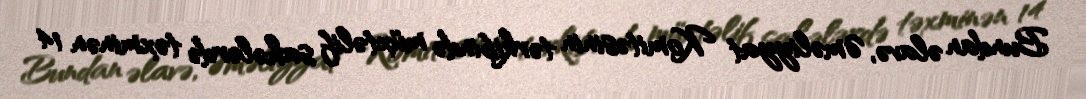
Bundan əlavə, Əməliyyat Komitəsinin tərkibində müxtəlif sahələrdə təxminən 14